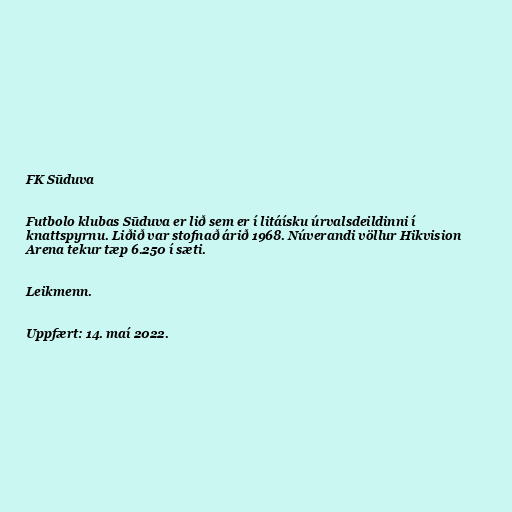
FK Sūduva

Futbolo klubas Sūduva er lið sem er í litáísku úrvalsdeildinni í
knattspyrnu. Liðið var stofnað árið 1968. Núverandi völlur Hikvision
Arena tekur tæp 6.250 í sæti.

Leikmenn.

Uppfært: 14. maí 2022.